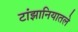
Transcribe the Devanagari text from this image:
टांझानियातले